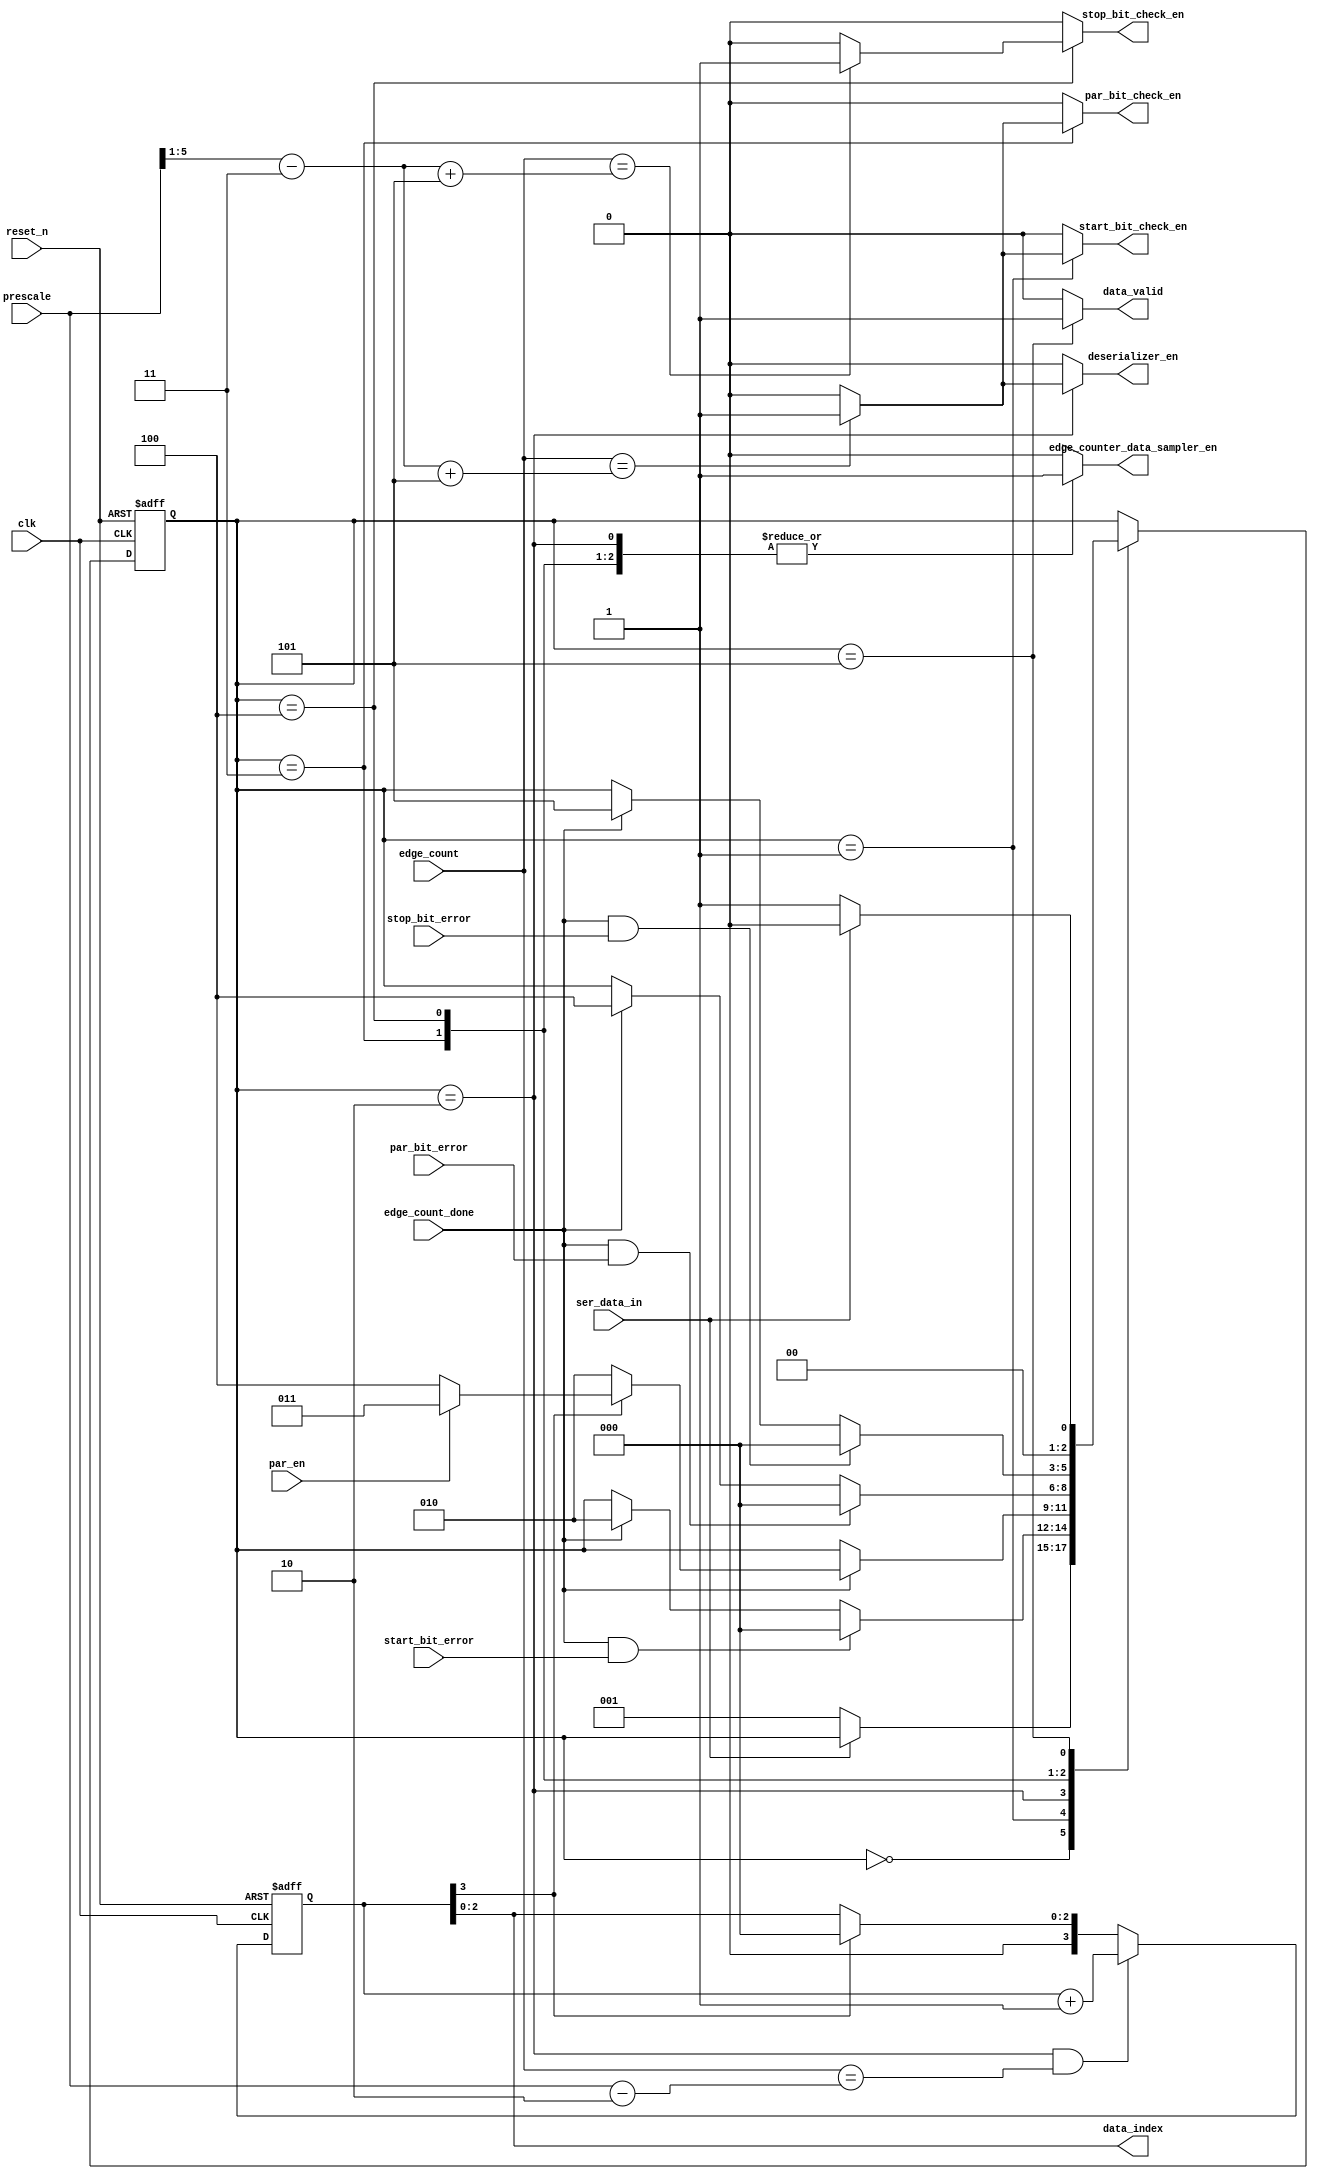
module uart_receiver_fsm #(parameter DATA_WIDTH=8)(
	input clk,    // Clock
	input reset_n,  // Asynchronous reset active low
	input par_en,
	input [5:0] prescale,
	input ser_data_in,
	input start_bit_error,
	input stop_bit_error,
	input par_bit_error,
	input [4:0] edge_count,
	input edge_count_done,

	output reg start_bit_check_en,
	output reg stop_bit_check_en,
	output reg par_bit_check_en,
	output reg edge_counter_data_sampler_en,
	output reg deserializer_en,
	output [$clog2(DATA_WIDTH)-1:0] data_index,
	output reg data_valid
);

	wire [5:0] sampling_edge_number;
	wire [5:0] final_edge_number;
	reg [2:0] current_state,next_state;
    localparam [2:0] IDLE = 3'b000;
    localparam [2:0] START_BIT_RECEPTION = 3'b001;
    localparam [2:0] SERIAL_DATA_RECEPTION = 3'b010;
    localparam [2:0] PARITY_BIT_RECEPTION = 3'b011;
    localparam [2:0] STOP_BIT_RECEPTION = 3'b100;
    localparam [2:0] DATA_VALID = 3'b101;

    reg [$clog2(DATA_WIDTH):0] data_receiption_state;
    assign final_edge_number = prescale - 2;

    always @(posedge clk or negedge reset_n) begin
    	if(~reset_n) begin
    		data_receiption_state <= 0;
    	end else if(current_state == SERIAL_DATA_RECEPTION & edge_count == final_edge_number) begin
    		data_receiption_state <= data_receiption_state + 1;
    	end
    	else if(data_receiption_state[$clog2(DATA_WIDTH)])
    		data_receiption_state <= 0;
    end

    assign data_index = data_receiption_state[$clog2(DATA_WIDTH)-1:0];

    always @(posedge clk or negedge reset_n) begin
    	if(~reset_n) begin
    		current_state <= IDLE;
    	end else
    	begin
    		current_state <= next_state;
    	end
    end

    always @(*) begin
    	next_state = current_state;
    	case(current_state)
    		IDLE: 
    		begin
    			if(~ser_data_in)
    				next_state = START_BIT_RECEPTION;

    		end
    		START_BIT_RECEPTION: 
    		begin
    			if(edge_count_done & start_bit_error)
    				next_state = IDLE;
    			else if(edge_count_done)
    				next_state = SERIAL_DATA_RECEPTION;
    		end
    		SERIAL_DATA_RECEPTION: 
    		begin
    			if(edge_count_done)
    			begin
    				if(~data_receiption_state[$clog2(DATA_WIDTH)])
    					next_state = SERIAL_DATA_RECEPTION;
    				else if(par_en)
    					next_state = PARITY_BIT_RECEPTION;
    				else 
    					next_state = STOP_BIT_RECEPTION;
    			end
    		end
    		PARITY_BIT_RECEPTION: 
    		begin
    			if(edge_count_done && par_bit_error) 
    			begin
    				next_state = IDLE;
    			end
    			else if (edge_count_done)
    				next_state = STOP_BIT_RECEPTION;

    		end
    		STOP_BIT_RECEPTION: 
    		begin
    			if(edge_count_done && stop_bit_error) 
    			begin
    				next_state = IDLE;
    			end
    			else if (edge_count_done)
    				next_state = DATA_VALID;
 
    		end

            DATA_VALID: begin
                if (~ser_data_in) begin
                    next_state = START_BIT_RECEPTION;
                end
                else begin
                    next_state = IDLE;
                end
            end
    	endcase // current_state
    end
    assign sampling_edge_number = (prescale >> 1) - 4'd3;

    always @(*) begin
    	case(current_state)
    		IDLE: 
    		begin
    			edge_counter_data_sampler_en = 0;
    			deserializer_en = 0;
    			start_bit_check_en = 0;
    			stop_bit_check_en = 0;
    			par_bit_check_en = 0;
    			data_valid = 0;
    		end
    		START_BIT_RECEPTION: 
    		begin
    			edge_counter_data_sampler_en = 1;
    			deserializer_en = 0;
    			if(edge_count == sampling_edge_number + 5)
    				start_bit_check_en = 1;
    			else
    				start_bit_check_en = 0;

    			stop_bit_check_en = 0;
    			par_bit_check_en = 0;
    			data_valid = 0;
    		end
    		SERIAL_DATA_RECEPTION: 
    		begin
    			edge_counter_data_sampler_en = 1;

				if(edge_count == sampling_edge_number + 5)
					deserializer_en = 1;
				else
					deserializer_en = 0;  

    			start_bit_check_en = 0;
    			stop_bit_check_en = 0;
    			par_bit_check_en = 0;
    			data_valid = 0;
    		end

    		PARITY_BIT_RECEPTION: 
    		begin
    			edge_counter_data_sampler_en = 1;
    			deserializer_en = 0;

    			start_bit_check_en = 0;
    			stop_bit_check_en = 0;
    			
				if(edge_count == sampling_edge_number + 5)
					par_bit_check_en = 1;
				else
					par_bit_check_en = 0;  
    			data_valid = 0;
    		end

            STOP_BIT_RECEPTION: begin
                edge_counter_data_sampler_en = 1'b1;
                deserializer_en = 1'b0;
                start_bit_check_en = 1'b0;
                par_bit_check_en = 1'b0;

                if (edge_count == sampling_edge_number + 4'd5) begin
                    stop_bit_check_en = 1'b1;
                end
                else begin
                    stop_bit_check_en = 1'b0;
                end
                
                data_valid = 1'b0;
            end


    		DATA_VALID: 
    		begin
    			edge_counter_data_sampler_en = 0;
    			deserializer_en = 0;
    			start_bit_check_en = 0;
    			stop_bit_check_en = 0;
				par_bit_check_en = 0;  
    			data_valid = 1;
    		end

    		default: 
    		begin
    			edge_counter_data_sampler_en = 0;
    			deserializer_en = 0;
    			start_bit_check_en = 0;
    			stop_bit_check_en = 0;
				par_bit_check_en = 0;  
    			data_valid = 0;
    		end
    	endcase
    end
endmodule